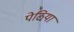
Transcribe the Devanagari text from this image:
पेठिया